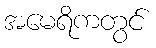
အမေရိကတွင်